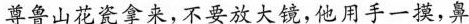
尊鲁山花瓷拿来，不要放大镜,他用手一摸，鼻